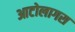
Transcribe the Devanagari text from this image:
आटोलागस